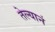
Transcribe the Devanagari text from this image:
तेल्यानं